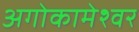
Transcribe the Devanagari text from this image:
अगोकामेश्वर